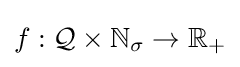
f:{\mathcal {Q}}\times \mathbb {N} _{\sigma }\to \mathbb {R} _{+}